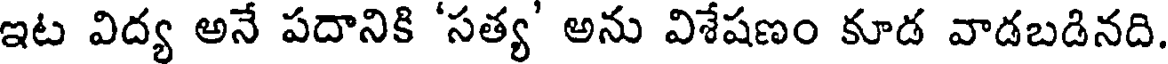
ఇట విద్య అనే పదానికి 'సత్య' అను విశేషణం కూడ వాడబడినది